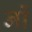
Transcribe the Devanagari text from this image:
नों